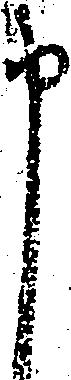
申